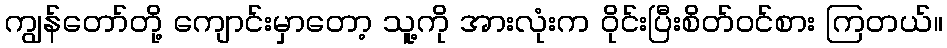
ကျွန်တော်တို့ ကျောင်းမှာတော့ သူ့ကို အားလုံးက ဝိုင်းပြီးစိတ်ဝင်စား ကြတယ်။